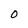
Character: 0